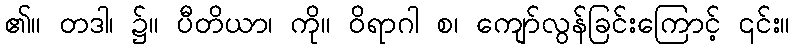
၏။ တဒါ၊ ၌။ ပီတိယာ၊ ကို။ ဝိရာဂါ စ၊ ကျော်လွန်ခြင်းကြောင့် ၎င်း။